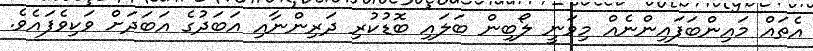
އެތައް މައިންބަފައިންނެއް މިވަނީ ލޯބިން ބަލައި ބޮޑުކުރި ދަރިންނާއި އަބަދުގެ އަބަދަށް ވަކިވެފައެވެ.